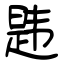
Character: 韪